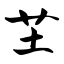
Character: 芏